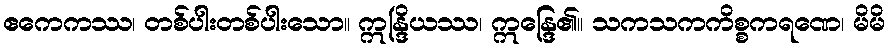
ဧကေကဿ၊ တစ်ပါးတစ်ပါးသော။ ဣန္ဒြိယဿ၊ ဣန္ဒြေ၏။ သကသကကိစ္စကရဏေ၊ မိမိ